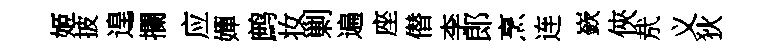
姬披遑攔应嬋鹧妆剿遍座僣李郎烹连嶔俠㢤义狄